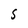
Character: S